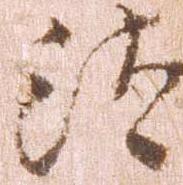
汰